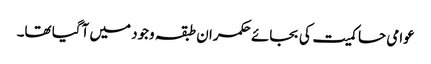
عوامی حاکمیت کی بجائے حکمران طبقہ وجود میں آگیا تھا۔